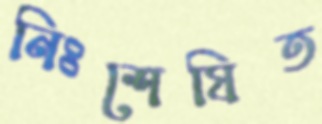
নিঃশেষিত